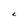
Character: C